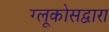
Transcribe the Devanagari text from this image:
ग्लूकोसद्वारा